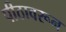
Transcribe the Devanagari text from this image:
पीठावरून